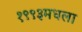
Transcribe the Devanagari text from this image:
१९९३मधला